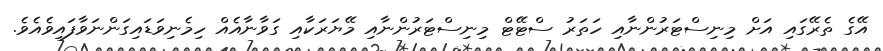
އޭގެ ތެރޭގައި އަށް މިނިސްޓަރުންނާއި ހަތަރު ސްޓޭޓް މިނިސްޓަރުންނާއި މޭޔަރަކާއި ގަވާނާއެއް ހިމެނިވަޑައިގަންނަވާފައިވެއެވެ.